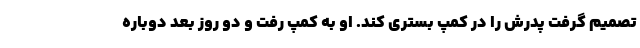
تصمیم گرفت پدرش را در کمپ بستری کند. او به کمپ رفت و دو روز بعد دوباره